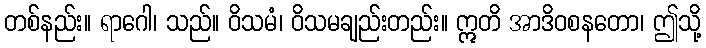
တစ်နည်း။ ရာဂေါ၊ သည်။ ဝိသမံ၊ ဝိသမချည်းတည်း။ ဣတိ အာဒိဝစနတော၊ ဤသို့